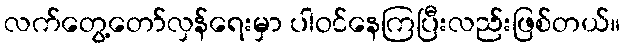
လက်တွေ့တော်လှန်ရေးမှာ ပါဝင်နေကြပြီးလည်းဖြစ်တယ်။